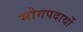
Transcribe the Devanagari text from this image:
भोगपदार्थो